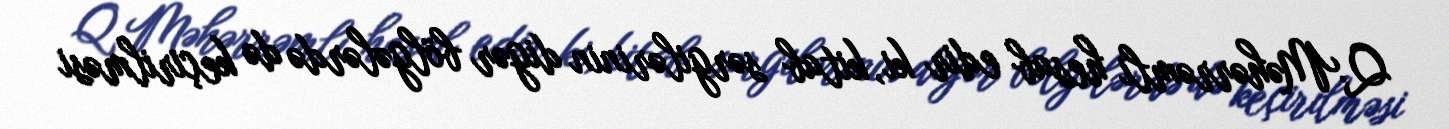
Q.Məhərrəmli hesab edir ki, kitab sərgilərinin digər bölgələrdə də keçirilməsi